Civil Veterinary Department. Madras. Admin. report 1926-33 - 1926-1933
Year: 1926
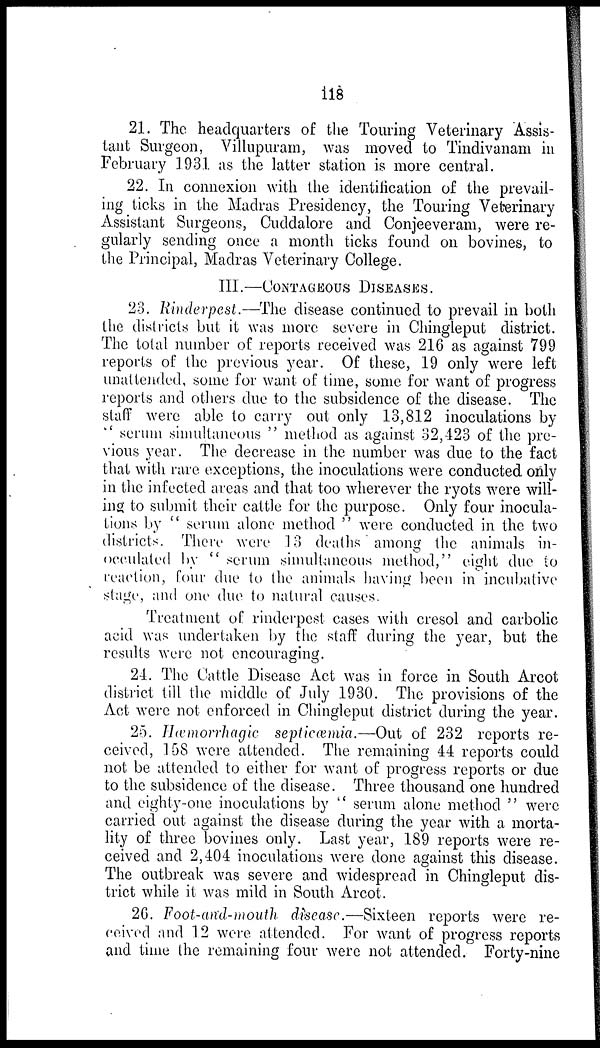
118
21. The headquarters of the Touring Veterinary Assis-
tant Surgeon, Villupuram, was moved to Tindivanam in
February 1931 as the latter station is more central.
22. In connexion with the identification of the prevail-
ing ticks in the Madras Presidency, the Touring Veterinary
Assistant Surgeons, Cuddalore and Conjeeveram, were re-
gularly sending once a month ticks found on bovines, to
the Principal, Madras Veterinary College.
III.—CONTAGEOUS DISEASES.
23. Rinderpest.—The disease continued to prevail in both
the districts but it was more severe in Chingleput district.
The total number of reports received was 216 as against 799
reports of the previous year. Of these, 19 only were left
unattended, some for want of time, some for want of progress
reports and others due to the subsidence of the disease. The
staff were able to carry out only 13,812 inoculations by
"serum simultaneous" method as against 32,423 of the pre-
vious year. The decrease in the number was due to the fact
that with rare exceptions, the inoculations were conducted only
in the infected areas and that too wherever the ryots were will-
ing to submit their cattle for the purpose. Only four inocula-
tions by "serum alone method" were conducted in the two
districts. There were 13 deaths among the animals in-
occulated by "serum simultaneous method," eight due to
reaction, four due to the animals having been in incubative
stage, and one due to natural causes.
Treatment of rinderpest cases with cresol and carbolic
acid was undertaken by the staff during the year, but the
results were not encouraging.
24. The Cattle Disease Act was in force in South Arcot
district till the middle of July 1930. The provisions of the
Act were not enforced in Chingleput district during the year.
25. Hæmorrhagic septicæmia.—Out of 232 reports re-
ceived, 158 were attended. The remaining 44 reports could
not be attended to either for want of progress reports or due
to the subsidence of the disease. Three thousand one hundred
and eighty-one inoculations by "serum alone method" were
carried out against the disease during the year with a morta-
lity of three bovines only. Last year, 189 reports were re-
ceived and 2,404 inoculations were done against this disease.
The outbreak was severe and widespread in Chingleput dis-
trict while it was mild in South Arcot.
26. Foot-and-mouth disease.—Sixteen reports were re-
ceived and 12 were attended. For want of progress reports
and time the remaining four were not attended. Forty-nine